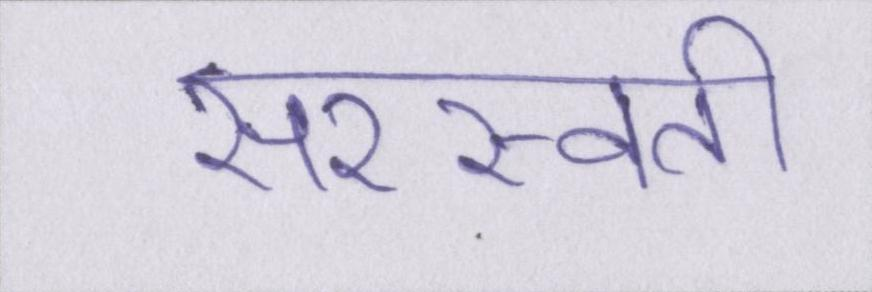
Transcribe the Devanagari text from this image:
सरस्वती